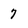
Character: 7